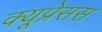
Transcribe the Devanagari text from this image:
क्यूप्रेसस